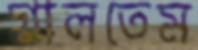
গালতেম